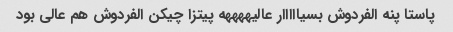
پاستا پنه الفردوش بسیااااار عالیههههه پیتزا چیکن الفردوش هم عالی بود